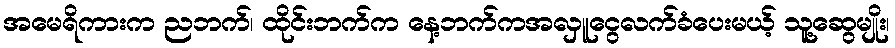
အမေရိကားက ညဘက်၊ ထိုင်းဘက်က နေ့ဘက်ကအလှူငွေလက်ခံပေးမယ့် သူ့ဆွေမျိုး၊